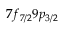
7 f _ { 7 / 2 } 9 p _ { 3 / 2 }